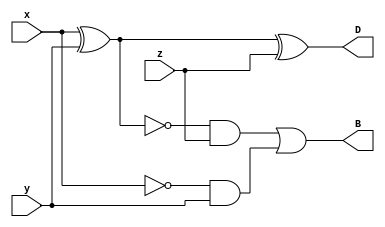
//Dataflow modelling
module fullsub(
    input x,y,z,
    output D,B
    );
   assign D=x^y^z;
	assign B=((~(x^y))&z)|((~x)&y);

endmodule